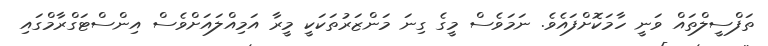
ތަފްސީލްތައް ވަނީ ހާމަކޮށްފައެވެ. ނަމަވެސް މީގެ ގިނަ މަންޒަރުތަކަކީ މީރާ އަމިއްލައަށްވެސް އިންސްޓަގްރާމްގައި